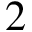
2